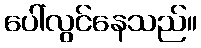
ပေါ်လွင်နေသည်။